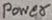
Text: Power